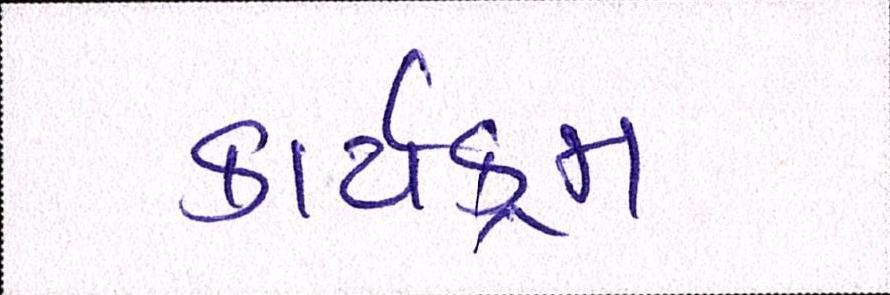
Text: કાર્યક્મ